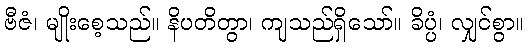
ဗီဇံ၊ မျိုးစေ့သည်။ နိပတိတွာ၊ ကျသည်ရှိသော်။ ခိပ္ပံ၊ လျှင်စွာ။